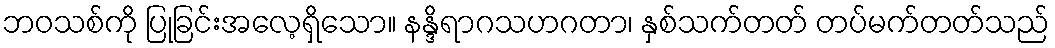
ဘဝသစ်ကို ပြုခြင်းအလေ့ရှိသော။ နန္ဒိရာဂသဟဂတာ၊ နှစ်သက်တတ် တပ်မက်တတ်သည်